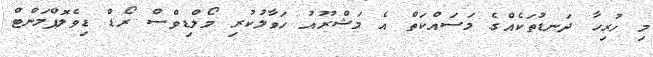
މި ހުރިހާ ދަނޑުތަކެއްގެ މަސައްކަތް އެ މަޝްރޫއު ހަވާލުކުރި މޯލްޑިވްސް ރޯޑް ޑިވެލޮޕްމަންޓް